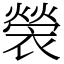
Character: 褮